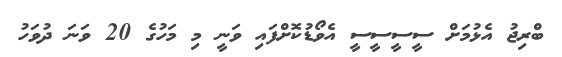
ބްރިޖު އެޅުމަށް ސީސީސީސީ އެވޯޑުކޮށްފައި ވަނީ މި މަހުގެ 20 ވަނަ ދުވަހު